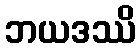
ဘယဒဿိ